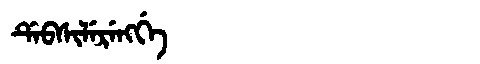
Manchu: ᡩᡝᠪᠰᡳᠯᡝᡵᡝᠩᡤᡝ
Romanization: DEBSILERENGGE